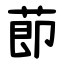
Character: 莭